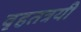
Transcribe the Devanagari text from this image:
वृहतत्रयी